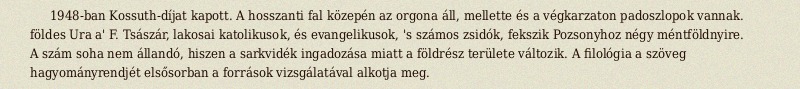
1948-ban Kossuth-díjat kapott. A hosszanti fal közepén az orgona áll, mellette és a végkarzaton padoszlopok vannak. földes Ura a' F. Tsászár, lakosai katolikusok, és evangelikusok, 's számos zsidók, fekszik Pozsonyhoz négy méntföldnyire. A szám soha nem állandó, hiszen a sarkvidék ingadozása miatt a földrész területe változik. A filológia a szöveg hagyományrendjét elsősorban a források vizsgálatával alkotja meg.